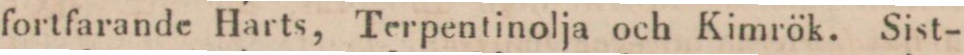
fortfarande Harts, Terpentinolja och Kimrök. Sist-